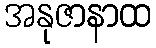
အနုဇာနာထ